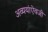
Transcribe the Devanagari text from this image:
अव्ययांऐवजी